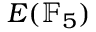
E ( \mathbb { F } _ { 5 } )